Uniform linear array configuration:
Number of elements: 24
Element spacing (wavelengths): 0.25
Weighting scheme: uniform
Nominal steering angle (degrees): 45
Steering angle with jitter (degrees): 45.693
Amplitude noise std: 0.05
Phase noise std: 0.05

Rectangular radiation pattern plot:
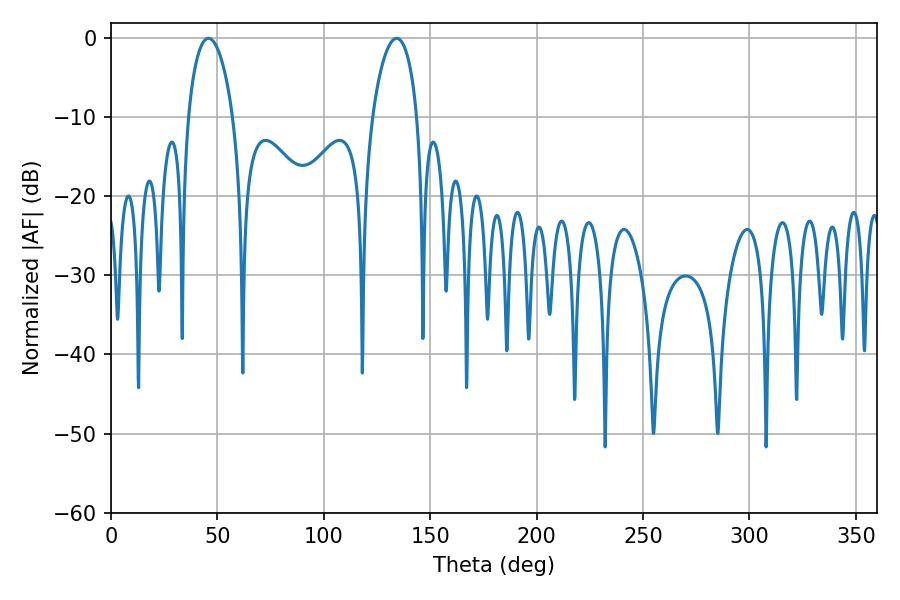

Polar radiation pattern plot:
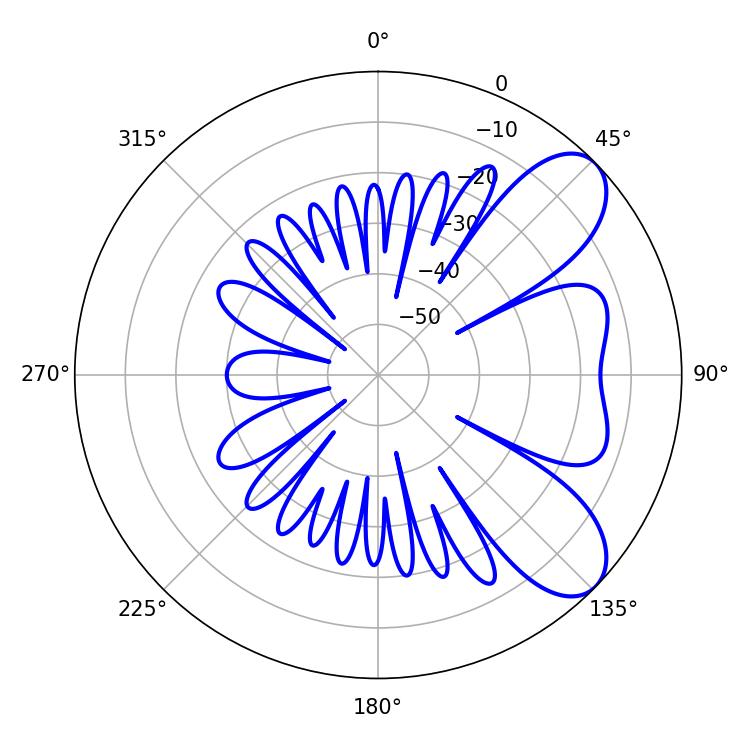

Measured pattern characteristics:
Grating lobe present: FALSE
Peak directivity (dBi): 7.591
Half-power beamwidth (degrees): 12.06
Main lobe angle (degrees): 45.72